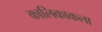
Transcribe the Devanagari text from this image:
कालिकाकला